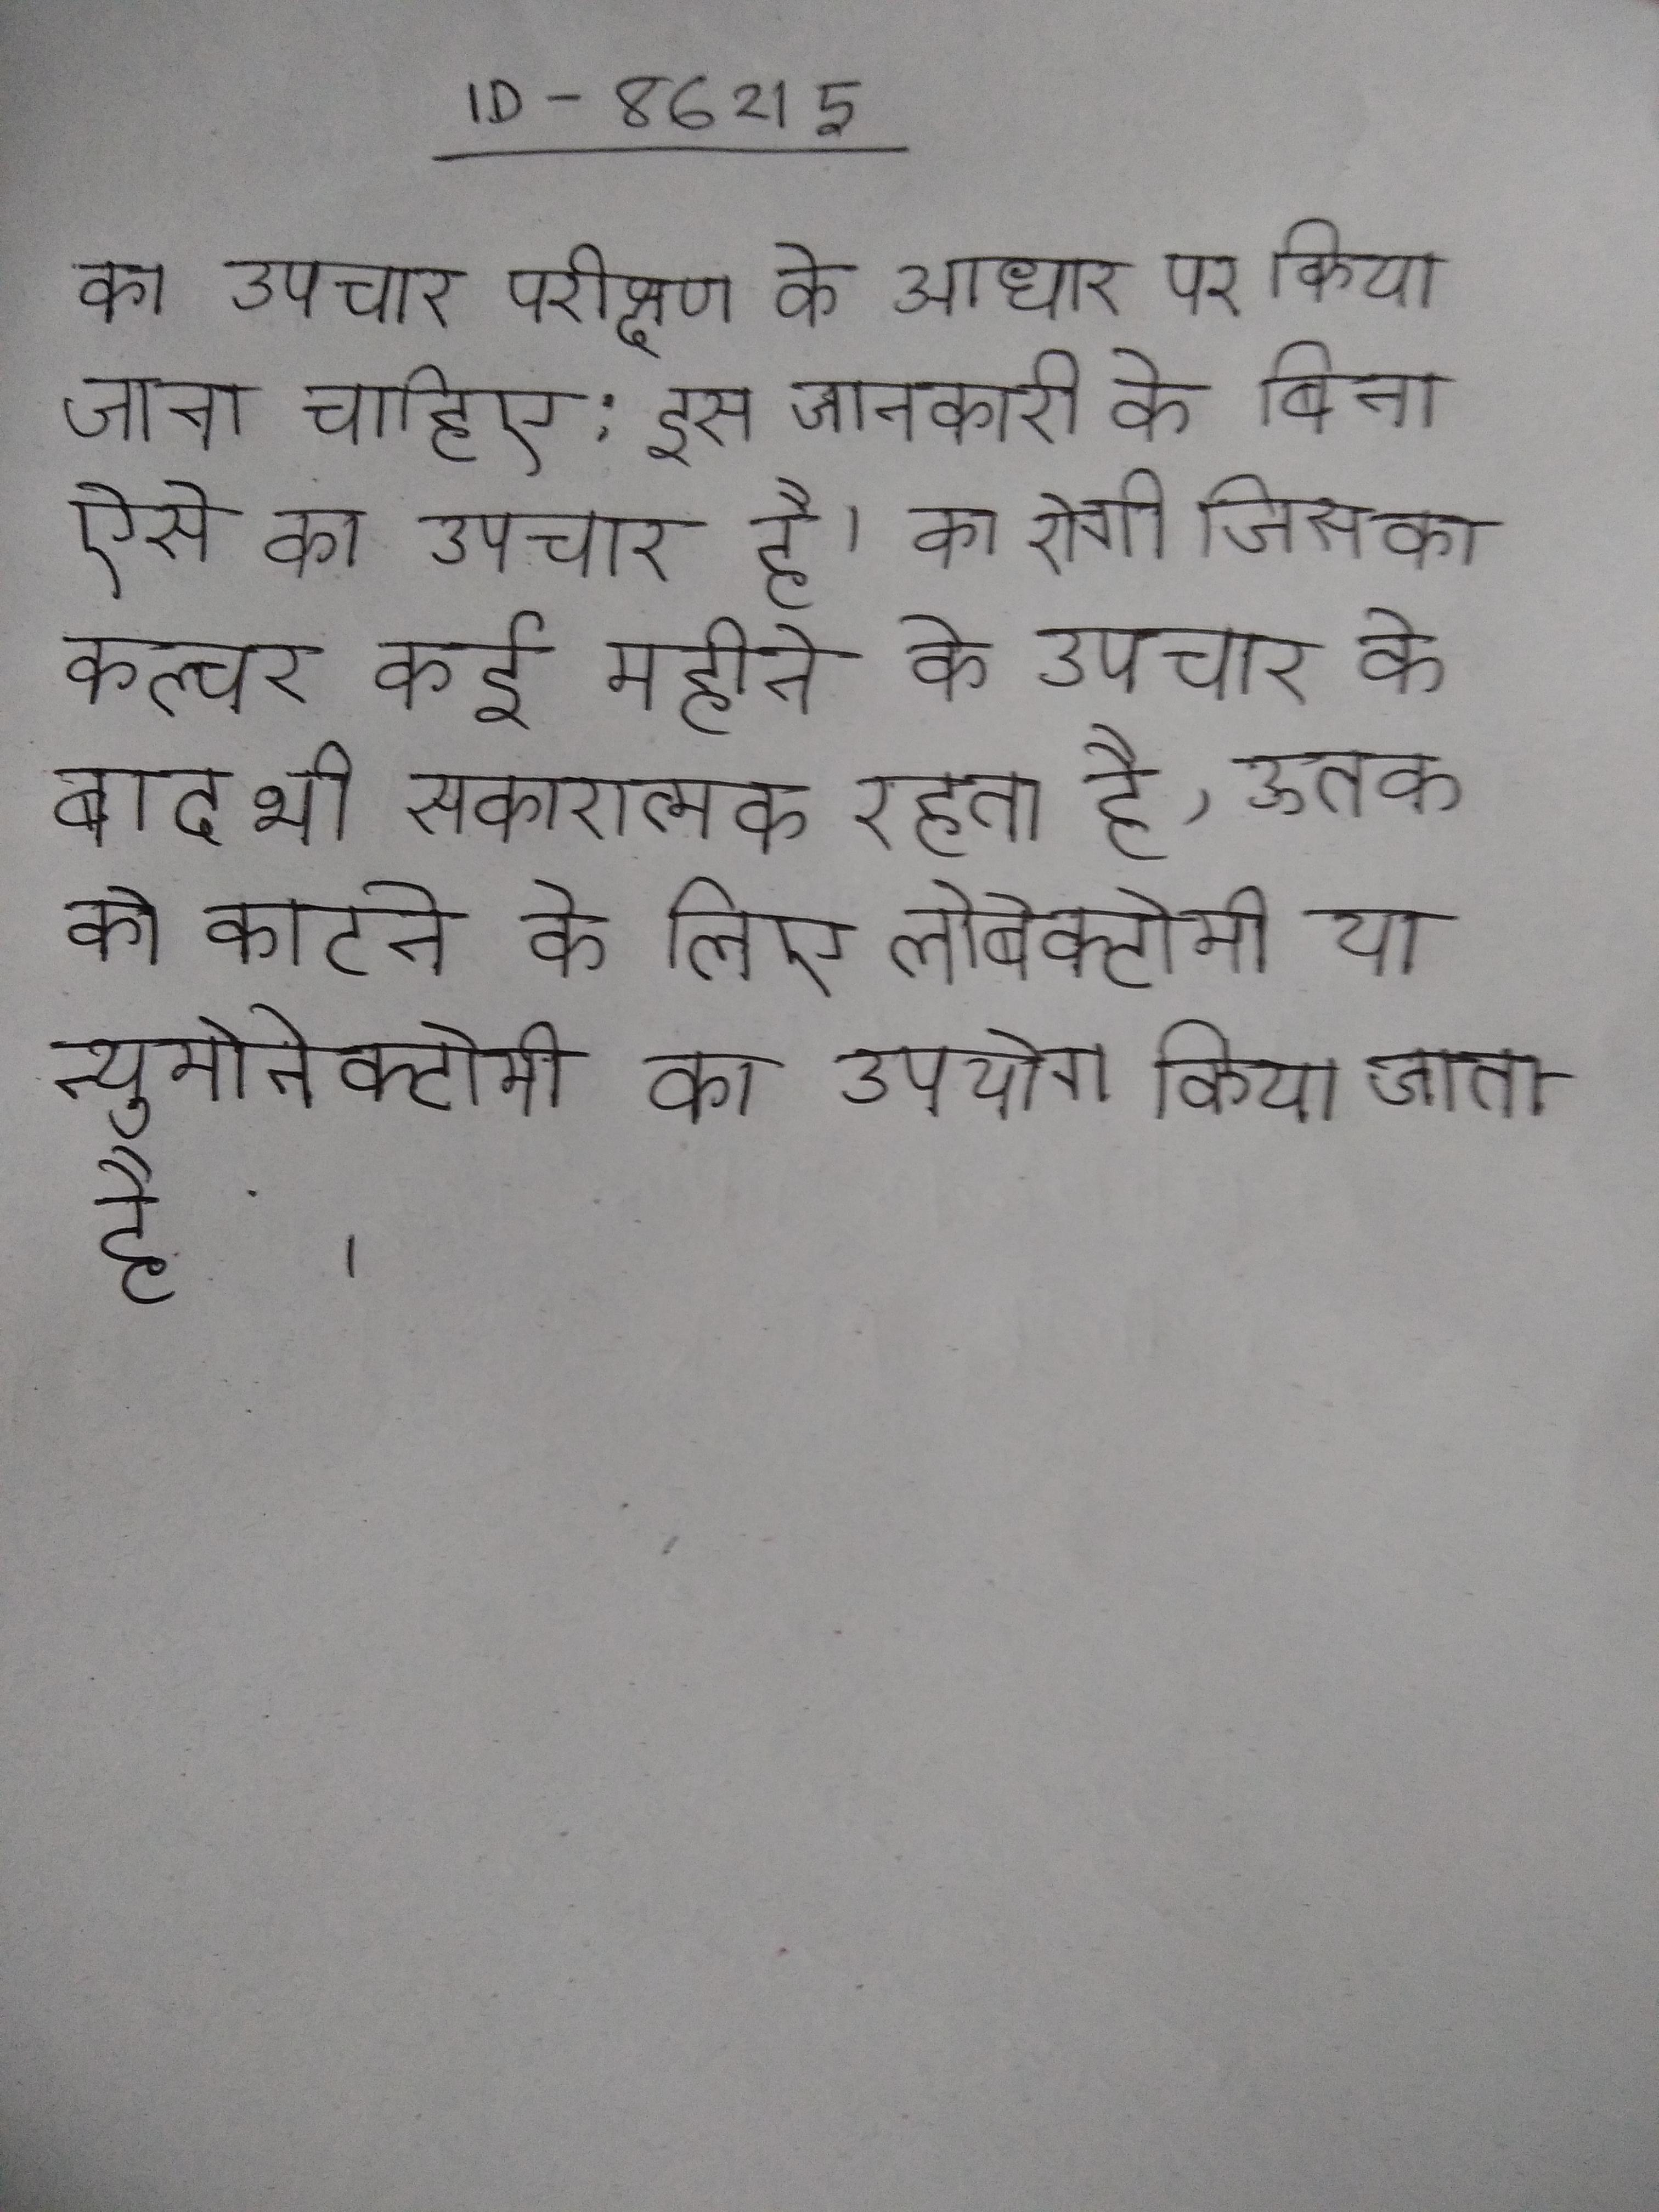
का उपचार परीक्षण के आधार पर किया जाना चाहिए: इस जानकारी के बिना ऐसे का उपचार है । का रोगी जिसका कल्चर कई महीने के उपचार के बाद भी सकारात्मक रहता है, ऊतक को काटने के लिए लोबेक्टोमी या न्युमोनेक्टोमी का उपयोग किया जाता है ।